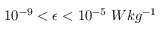
1 0 ^ { - 9 } < \epsilon < 1 0 ^ { - 5 } ~ W k g ^ { - 1 }